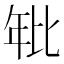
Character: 𭙂